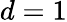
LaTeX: d=1